Plague in India, 1896, 1897 - Volume 3
Year: 1896
Disease focus: Plague
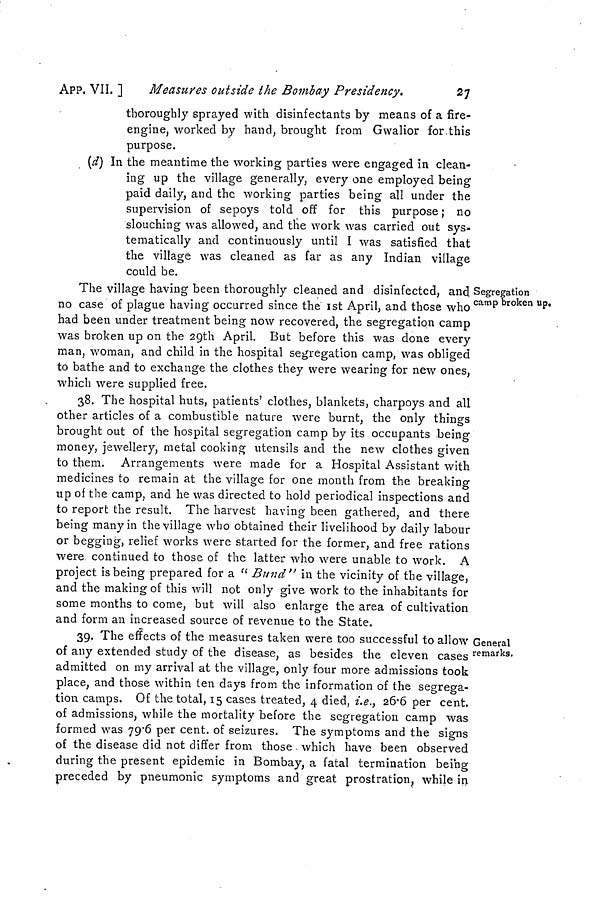
APP. VII. ]
Measures outside the Bombay Presidency.
27
thoroughly sprayed with disinfectants by means of a fire-
engine, worked by hand, brought from Gwalior for.this
purpose.
(d) In the meantime the working parties were engaged in clean-
ing up the village generally, every one employed being
paid daily, and the working parties being all under the
supervision of sepoys told off for this purpose ; no
slouching was allowed, and the work was carried out sys-
tematically and continuously until I was satisfied that
the village was cleaned as far as any Indian village
could be.
Segregation
camp broken up.
The village having been thoroughly cleaned and disinfected, and
no case of plague having occurred since the 1st April, and those who
had been under treatment being now recovered, the segregation camp
was broken up on the 29th April. But before this was done every
man, woman, and child in the hospital segregation camp, was obliged
to bathe and to exchange the clothes they were wearing for new ones,
which were supplied free.
38. The hospital huts, patients' clothes, blankets, charpoys and all
other articles of a combustible nature were burnt, the only things
brought out of the hospital segregation camp by its occupants being
money, jewellery, metal cooking utensils and the new clothes given
to them. Arrangements were made for a Hospital Assistant with
medicines to remain at the village for one month from the breaking
up of the camp, and he was directed to hold periodical inspections and
to report the result. The harvest having been gathered, and there
being many in the village who obtained their livelihood by daily labour
or begging, relief works were started for the former, and free rations
were continued to those of the latter who were unable to work. A
project is being prepared for a " Bund" in the vicinity of the village,
and the making of this will not only give work to the inhabitants for
some months to come, but will also enlarge the area of cultivation
and form an increased source of revenue to the State.
General
remarks.
39. The effects of the measures taken were too successful to allow
of any extended study of the disease, as besides the eleven cases
admitted on my arrival at the village, only four more admissions took
place, and those within ten days from the information of the segrega-
tion camps. Of the total, 15 cases treated, 4 died, i.e., 26.6 per cent,
of admissions, while the mortality before the segregation camp was
formed was 79.6 per cent, of seizures. The symptoms and the signs
of the disease did not differ from those . which have been observed
during the present epidemic in Bombay, a fatal termination being
preceded by pneumonic symptoms and great prostration, while in